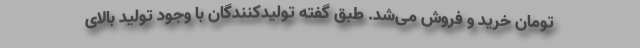
تومان خرید و فروش می‌شد. طبق گفته تولیدکنندگان با وجود تولید بالای